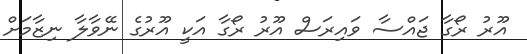
އޫރު ރޯގާ ޖައްސާ ވައިރަސް އޫރު ރޯގާ އަކީ އޫރުގެ ނޭވާލާ ނިޒާމަށް